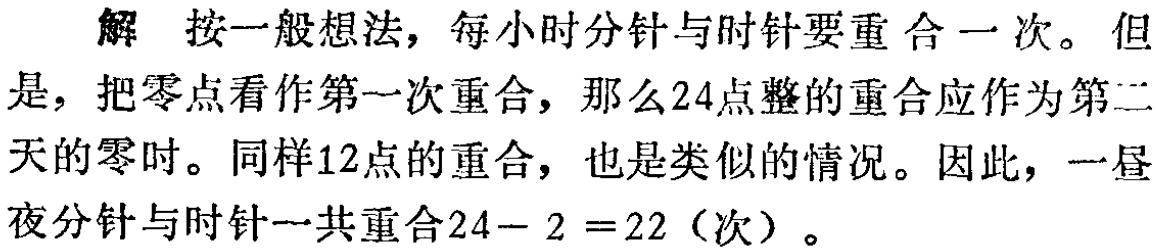
解 按一般想法，每小时分针与时针要重合一次。但是，把零点看作第一次重合，那么24点整的重合应作为第二天的零时。同样12点的重合，也是类似的情况。因此，一昼夜分针与时针一共重合$24 - 2 = 22$（次）。